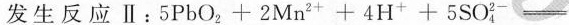
发生反应Ⅱ：$$5 P b O ^ { 2 } + 2 M n ^ { 2 + } + 4 H ^ { + } + 5 S O _ { 4 } ^ { 2 - } =